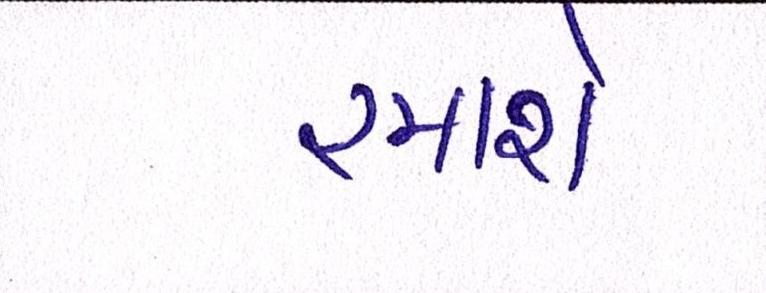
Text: રમાશે